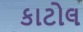
કાટોલ